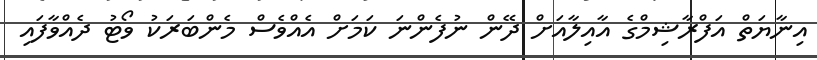
އިނާޔަތް އަފްރާޝިމްގެ އާއިލާއަށް ދޭން ނުފެންނަ ކަމަށް އެއްވެސް މެންބަރަކު ވޯޓު ދެއްވާފައި